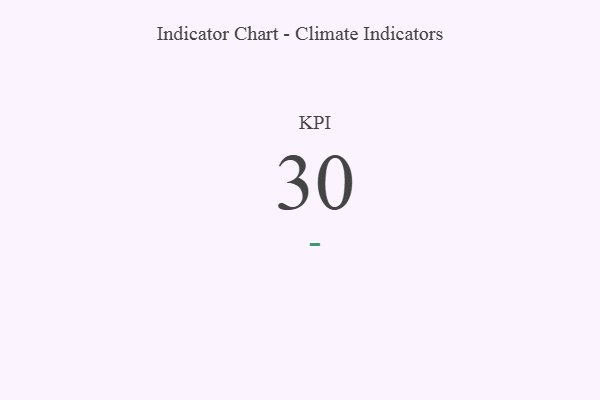
{"axis": {"x": "KPI", "y": "Value"}, "legend": [""], "data": [{"x": "KPI", "y": 30, "type": ""}]}